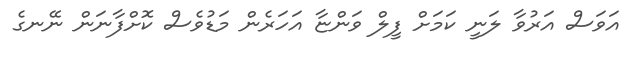
އަވަސް އަރުވާ ލަނީ ކަމަށް ފީލް ވަންޏާ އަހަރެން މަޑުވެސް ކޮށްފާނަން ނޭނގެ